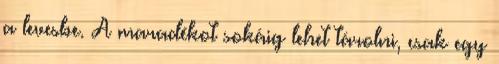
a levesbe. A maradékot sokáig lehet tárolni, csak egy